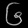
Digit: ၆